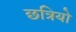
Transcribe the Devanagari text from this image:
छत्रियो